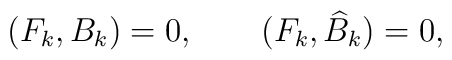
(F_k,B_k)=0, \qquad (F_k,\widehat{B}_k)=0,